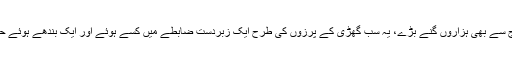
یہ کروڑہا سیارے جن میں سے بعض ہماری زمین سے لاکھوں گنے بڑے اور بعض سورج سے بھی ہزاروں گنے بڑے، یہ سب گھڑی کے پرزوں کی طرح ایک زبردست ضابطے میں کسے ہوئے اور ایک بندھے ہوئے حساب کے مطابق اپنی اپنی مقررہ رفتار کے ساتھ اپنے اپنے مقررہ راستے پر چل رہے ہیں۔